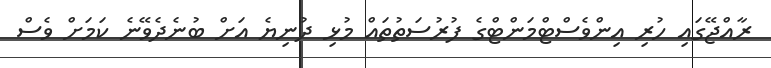
ރާއްޖޭގައި ހުރި އިންވެސްޓްމަންޓްގެ ފުރުސަތުތައް މުޅި ދުނިޔެ އަށް ބުނެދެވޭނެ ކަމަށް ވެސް